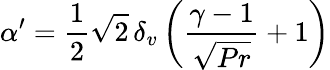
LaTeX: \alpha^{\prime}=\frac{1}{2}\sqrt{2}\, \delta_{v}\left(\frac{\gamma-1}{\sqrt{Pr}}+1\right)